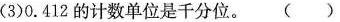
(3)0.412的计数单位是千分位。( )